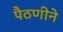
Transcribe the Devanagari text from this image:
पैठणीने